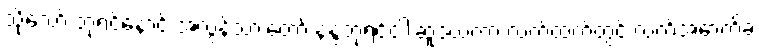
သို့သော် ဘုရင့်နောင် အလွန်သားတော် နန္ဒဘုရင်ငါးဆူဒယကာ လက်ထက်တွင် လက်အောက်ခံ